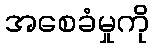
အစေခံမှုကို